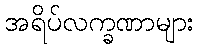
အရိပ်လက္ခဏာများ